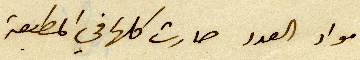
مواد العدد صارت كلها في المطبعة